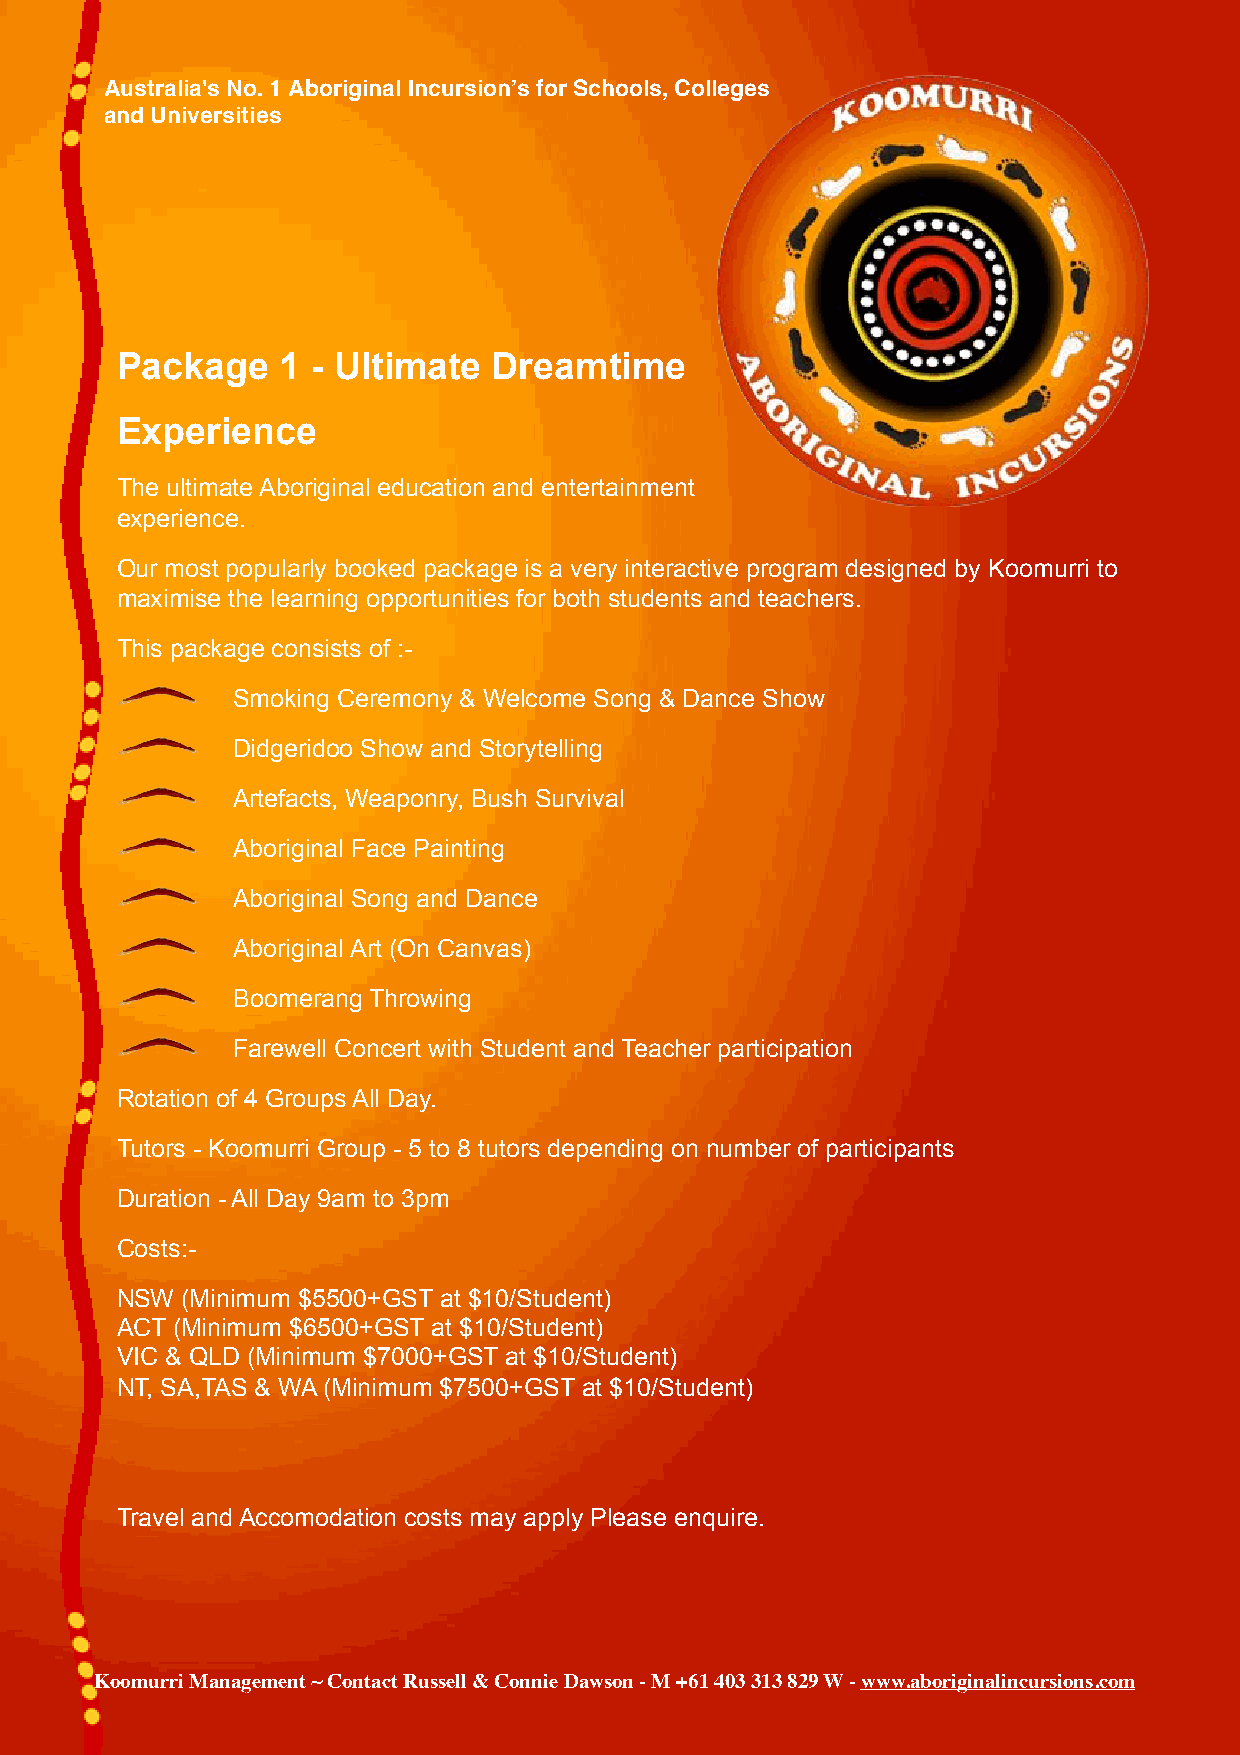
Australia's No. 1 Aboriginal Incursion’s for Schools, Colleges
 and Universities
 Package   1  - Ultimate  Dreamtime
 Experience
 The ultimate Aboriginal education and entertainment
 experience.
 Our most popularly booked package is a very interactive program designed by Koomurri to
 maximise the learning opportunities for both students and teachers.
 This package consists of :-
 Smoking Ceremony & Welcome Song & Dance Show
 Didgeridoo Show and Storytelling
 Artefacts, Weaponry, Bush Survival
 Aboriginal Face Painting
 Aboriginal Song and Dance
 Aboriginal Art (On Canvas)
 Boomerang Throwing
 Farewell Concert with Student and Teacher participation
 Rotation of 4 Groups All Day.
 Tutors - Koomurri Group - 5 to 8 tutors depending on number of participants
 Duration - All Day 9am to 3pm
 Costs:-
 NSW (Minimum $5500+GST at $10/Student)
 ACT (Minimum $6500+GST at $10/Student)
 VIC & QLD (Minimum $7000+GST at $10/Student)
 NT, SA,TAS & WA (Minimum $7500+GST at $10/Student)
 Travel and Accomodation costs may apply Please enquire.
 Koomurri Management ~ Contact Russell & Connie Dawson - M +61 403 313 829 W - www.aboriginalincursions.com